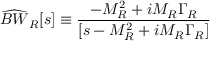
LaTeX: \widehat { B W } _ { R } [ s ] \equiv { \frac { - M _ { R } ^ { 2 } + i M _ { R } \Gamma _ { R } } { [ s - M _ { R } ^ { 2 } + i M _ { R } \Gamma _ { R } ] } }